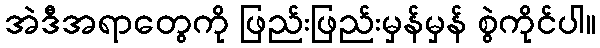
အဲဒီအရာတွေကို ဖြည်းဖြည်းမှန်မှန် စွဲကိုင်ပါ။